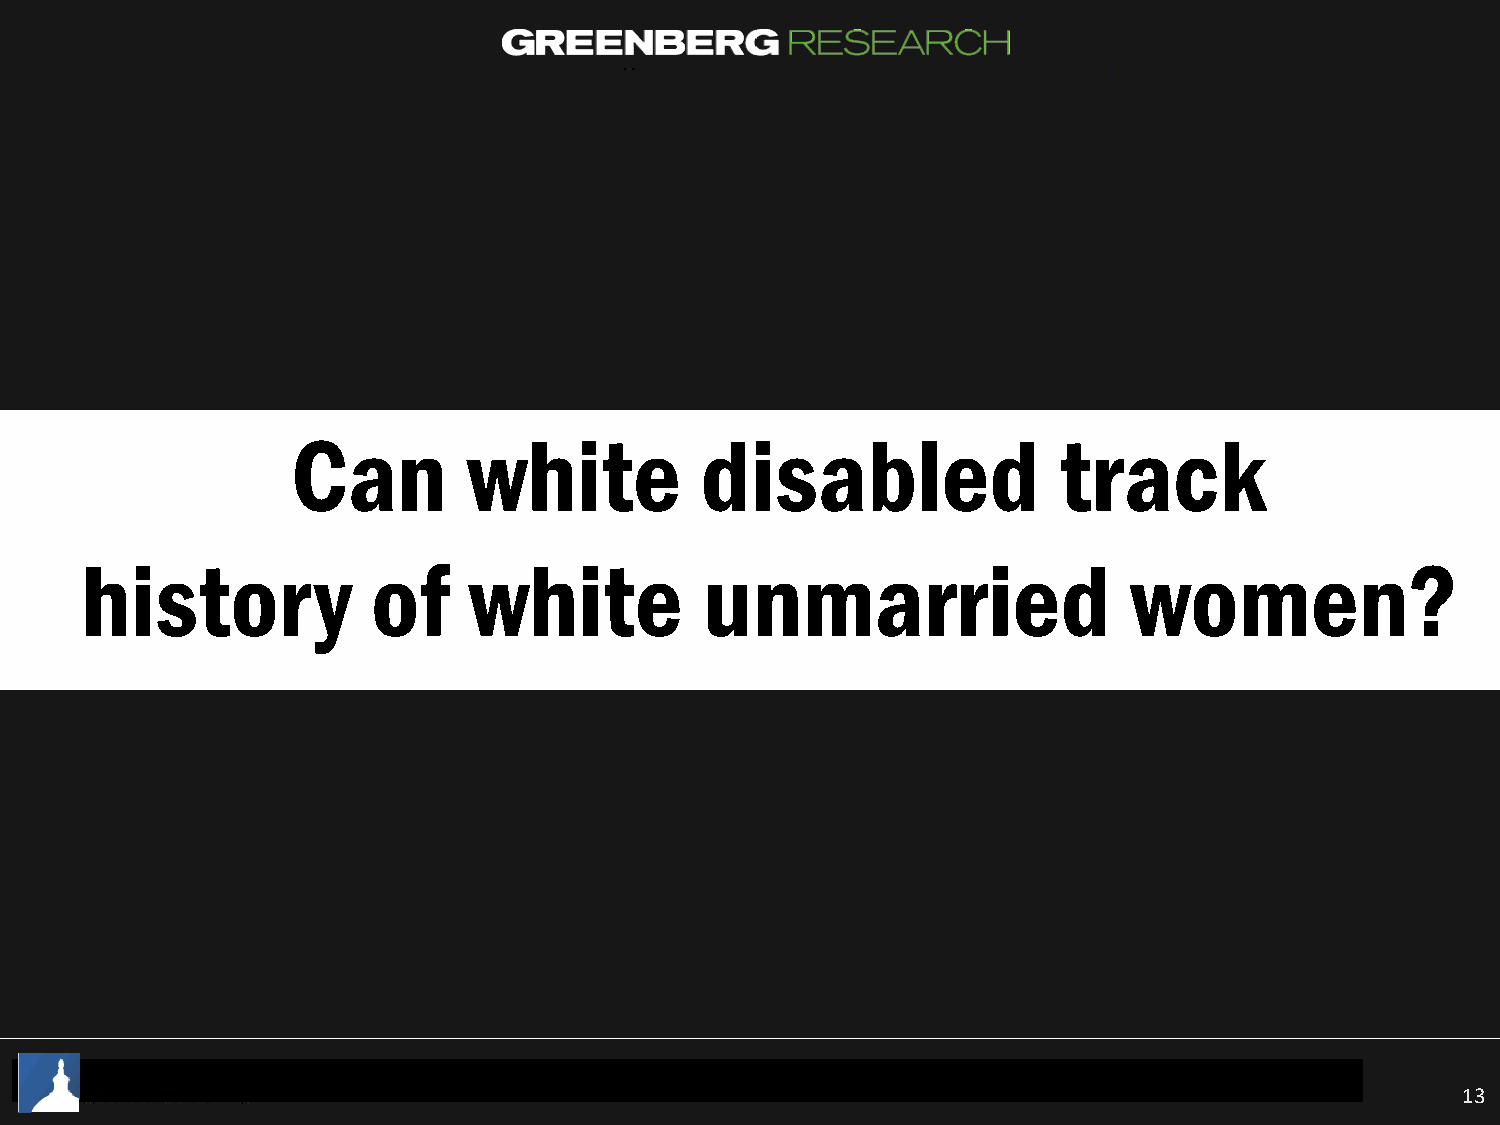
Can         white          disabled                track
 history             of    white           unmarried                   women?
 13